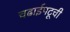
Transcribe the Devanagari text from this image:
चढाईपटूची